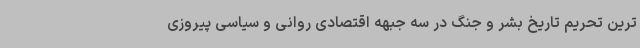
ترین تحریم تاریخ بشر و جنگ در سه جبهه اقتصادی روانی و سیاسی پیروزی